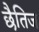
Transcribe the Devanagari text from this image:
छैतिज